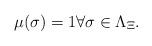
LaTeX: \begin{align*}\mu(\sigma) = 1 \forall\sigma \in \Lambda_{\Xi}.\end{align*}